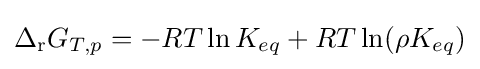
\Delta _{\mathrm {r} }G_{T,p}=-RT\ln K_{eq}+RT\ln(\rho K_{eq})